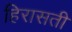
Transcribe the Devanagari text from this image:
हिरासती